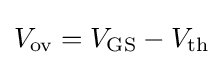
V_{\text{ov}}=V_{\text{GS}}-V_{\text{th}}